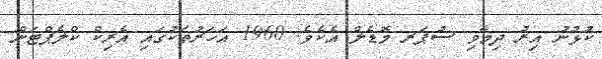
ކުޅުނު އިރު ދިމާވި ސުޕަރ މޮޑެލް އެކެވެ. 1960 އަހަރުތަކުގައި އެރިކް ކްލެޕްޓަން